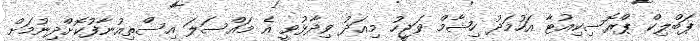
ޕަބްލިކް ޕްރޮސިކިއުޓާ އަހުމަދު ހިޝާމް ވަޖީހު މިއަދު ވިދާޅުވީ އެ މައްސަލަ އިސްތިއުނާފުކޮށްދިނުމަށް